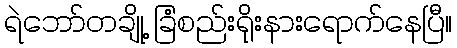
ရဲဘော်တချို့ ခြံစည်းရိုးနားရောက်နေပြီ။